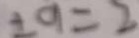
\pm a = 2